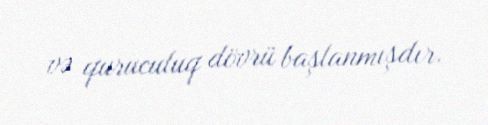
və quruculuq dövrü başlanmışdır.